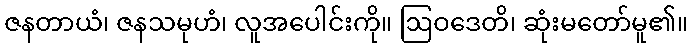
ဇနတာယံ၊ ဇနသမုဟံ၊ လူအပေါင်းကို။ ဩဝဒေတိ၊ ဆုံးမတော်မူ၏။